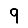
Digit: 9